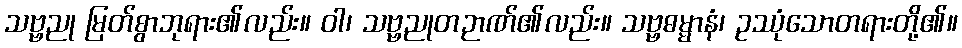
သဗ္ဗညု မြတ်စွာဘုရား၏လည်း။ ဝါ၊ သဗ္ဗညုတဉာဏ်၏လည်း။ သဗ္ဗဓမ္မာနံ၊ ဥဿုံသောတရားတို့၏။